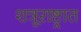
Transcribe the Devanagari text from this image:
शत्रूराष्ट्रात